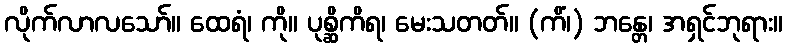
လိုက်လာလသော်။ ထေရံ၊ ကို။ ပုစ္ဆိကိရ၊ မေးသတတ်။ (ကိံ၊) ဘန္တေ၊ အရှင်ဘုရား။